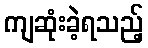
ကျဆုံးခဲ့ရသည့်